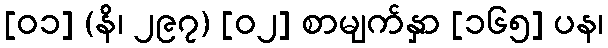
[၀၁] (နိ၊ ၂၉၇) [၀၂] စာမျက်နှာ [၁၆၅] ပန၊